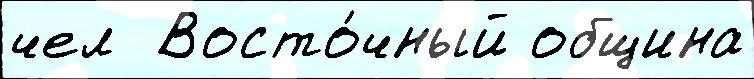
чел  Восто́чный община